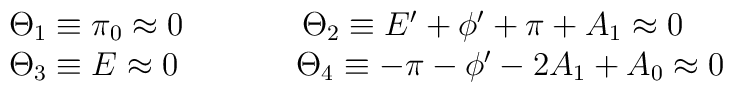
\begin{array}{l}  \Theta_1 \equiv \pi_0 \approx 0 \hspace{1.5cm} \Theta_2\equiv  E' + \phi' + \pi + A_1 \approx 0 \\ \Theta_3 \equiv E\approx 0  \hspace{1.5cm} \Theta_4 \equiv -\pi - \phi' - 2A_1 + A_0 \approx  0  \end{array}